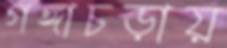
গঙ্গাচড়ায়